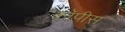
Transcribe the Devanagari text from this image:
कॉपीस